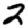
Digit: 2